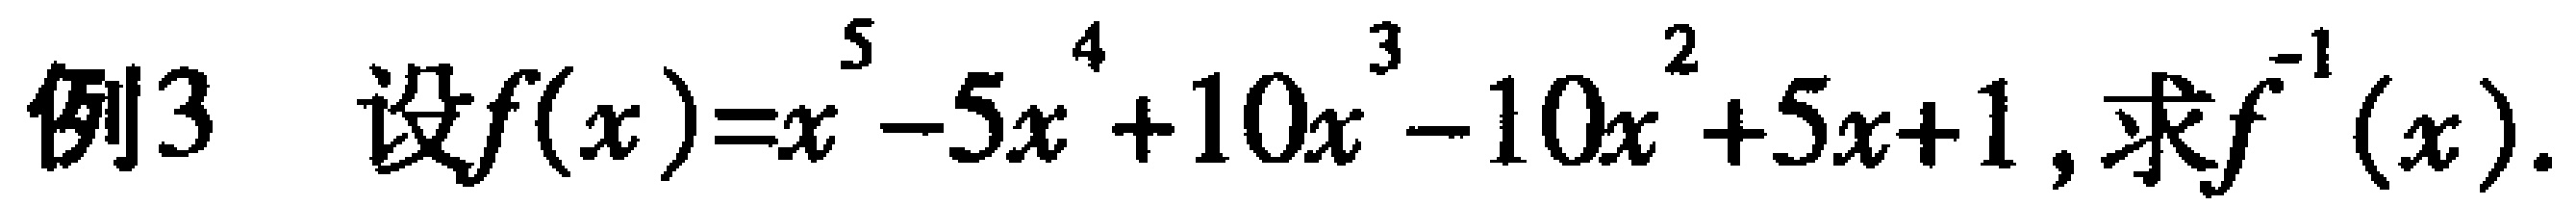
例3 设$f(x)=x^{5}-5x^{4}+10x^{3}-10x^{2}+5x + 1$, 求$f^{-1}(x)$.